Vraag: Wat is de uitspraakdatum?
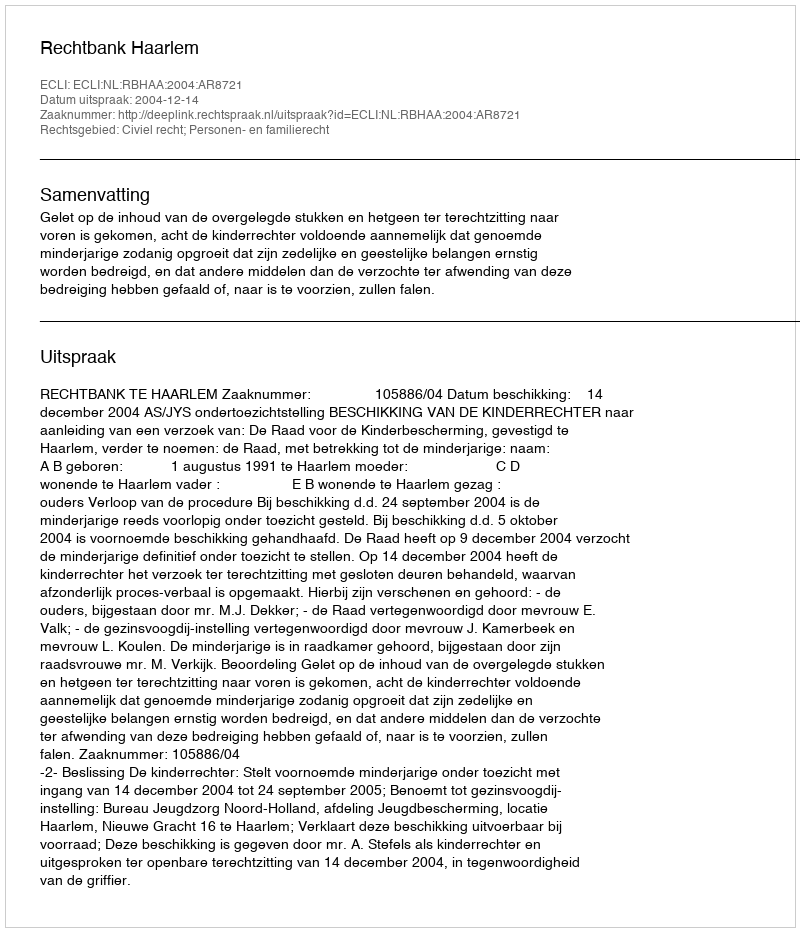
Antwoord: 2004-12-14